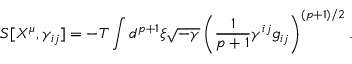
S [ X ^ { \mu } , \gamma _ { i j } ] = - T \int d ^ { p + 1 } \xi \sqrt { - \gamma } \left( \frac { 1 } { p + 1 } \gamma ^ { i j } g _ { i j } \right) ^ { ( p + 1 ) / 2 } .